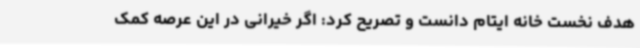
هدف نخست خانه ایتام دانست و تصریح کرد: اگر خیرانی در این عرصه کمک